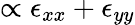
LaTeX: \propto\epsilon_{xx}+\epsilon_{yy}